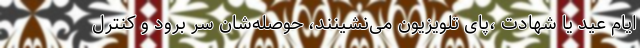
ایام عید یا شهادت ،پای تلویزیون می‌نشینند، حوصله‌شان سر برود و کنترل